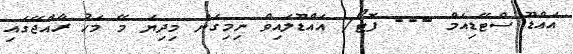
އައްޑޫ ސްޓޭޑިއަމް --- ފޮޓޯ/ އައްޑޫލައިވް ނިމިގެން މިދިޔަ މޭ މަހު ރާއްޖޭގައި